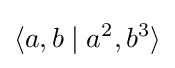
\langle a,b\mid a^{2},b^{3}\rangle